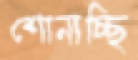
শোনাচ্ছি